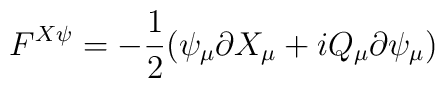
F^{X\psi}=-\frac{1}{2}(\psi _{\mu}\partial X_{\mu}+iQ_{\mu}\partial \psi _{\mu})